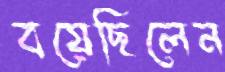
বয়েছিলেন